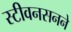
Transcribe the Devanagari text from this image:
स्टीवनसनने